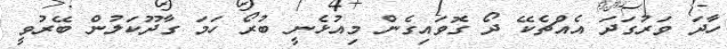
ހާދަ ވަރުގަދަ އެެއްޗެކޭ ދޯ ގޮވައިގެން މިއުޅެނީ ބުރޯ ހަމަ ގާދޫކަލުން ބޭރުވީ